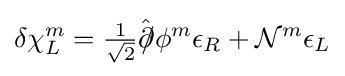
\delta \chi _{L}^{m}={\tfrac {1}{\sqrt {2}}}{\hat {\partial \!\!\!/}}\phi ^{m}\epsilon _{R}+{\mathcal {N}}^{m}\epsilon _{L}